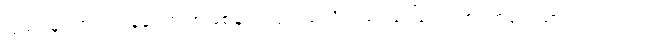
ပြည်ပမှာ ကွယ်လွန်ခဲ့ရတဲ့ အဖြစ်ချင်းတူတယ်လို့လည်း ဒေါ်ခင်လက်ျာကရေးသားခဲ့ပါတယ်။